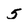
Character: 5